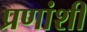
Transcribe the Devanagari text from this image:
प्रणांशी